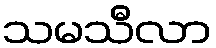
သမသီလာ